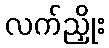
လက်ညှိုး